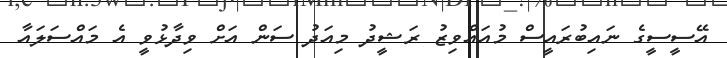
އޭސީސީގެ ނައިބުރައީސް މުއައްވިޒު ރަޝީދު މިއަދު ސަން އަށް ވިދާޅުވީ އެ މައްސަލައާ